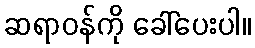
ဆရာဝန်ကို ခေါ်ပေးပါ။